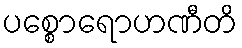
ပစ္စောရောဟဏီတိ